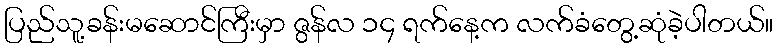
ပြည်သူ့ခန်းမဆောင်ကြီးမှာ ဇွန်လ ၁၄ ရက်နေ့က လက်ခံတွေ့ဆုံခဲ့ပါတယ်။